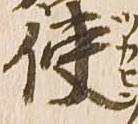
使